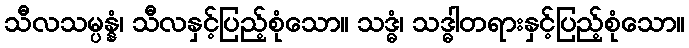
သီလသမ္ပန္နံ၊ သီလနှင့်ပြည့်စုံသော။ သဒ္ဓံ၊ သဒ္ဓါတရားနှင့်ပြည့်စုံသော။